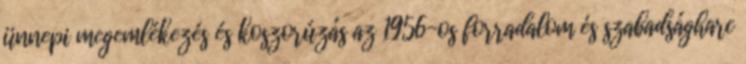
ünnepi megemlékezés és koszorúzás az 1956-os forradalom és szabadságharc